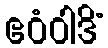
ဧဝံဝါဒိံ